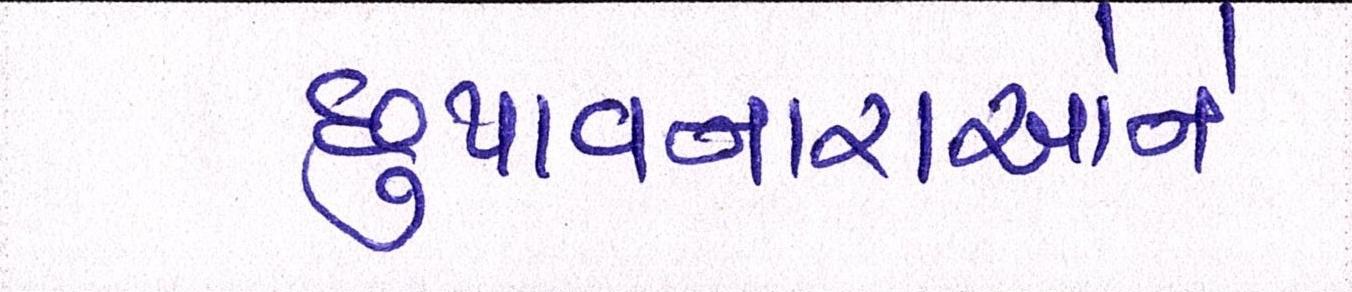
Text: છુપાવનારાઓને